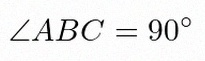
\angle ABC=90^\circ